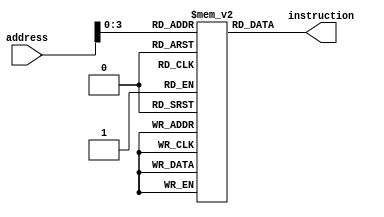
module instruction_memory(address, instruction);
    input [31:0] address;
    output [31:0] instruction;

    reg [31:0] memory[0:15];

    initial begin
        memory[0]= 32'b000000_00000_00001_00010_00000_100000;
        memory[1]= 32'b000000_00000_00001_00011_00000_100011;
        memory[2]= 32'b000000_00000_00001_00100_00000_100100;
        memory[3]= 32'b000000_00000_00001_00101_00000_100101;
        memory[4]= 32'b000000_00000_00001_00110_00010_000000;
        memory[5]= 32'b000000_00000_00001_00110_00000_100101;
        memory[6]= 32'b000101_00000_00001_00000_00000_001000;
        memory[7]= 32'b010100_00000_00000_00000_00000_001000;
        memory[8]= 32'b001000_00000_00000_00000_00000_100000;
        memory[9]= 32'b000000_00000_00000_00000_00000_000000;
        memory[10]=32'b000000_00000_00000_00000_00000_000000;
        memory[11]=32'b000000_00000_00000_00000_00000_000000;
        memory[12]=32'b000000_00000_00000_00000_00000_000000;
        memory[13]=32'b000000_00000_00000_00000_00000_000000;
        memory[14]=32'b000000_00000_00000_00000_00000_000000;
        memory[15]=32'b000000_00000_00000_00000_00000_000000;
    end
    
    assign instruction=memory[address];
endmodule